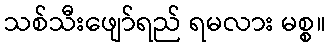
သစ်သီးဖျော်ရည် ရမလား မစ္စ။